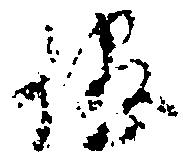
侭